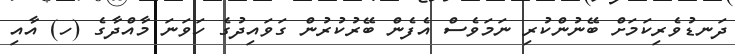
ދަނޑުވެރިކަމަށް ބޭނުންކުރި ނަމަވެސް އެފެން ބޭރުކުރުން ގަވައިދުގެ ހަވަނަ މާއްދާގެ (ހ) އާއި